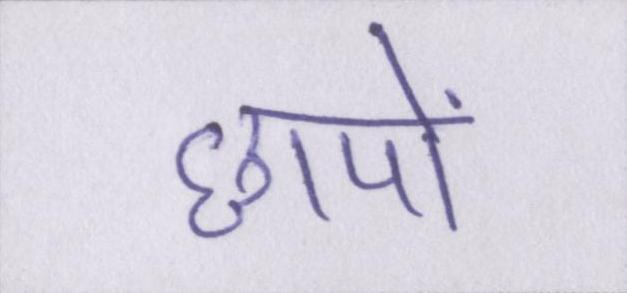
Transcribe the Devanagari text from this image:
छापों